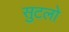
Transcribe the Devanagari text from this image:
सुटलो